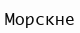
Морскне